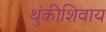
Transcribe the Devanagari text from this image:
थुंकीशिवाय